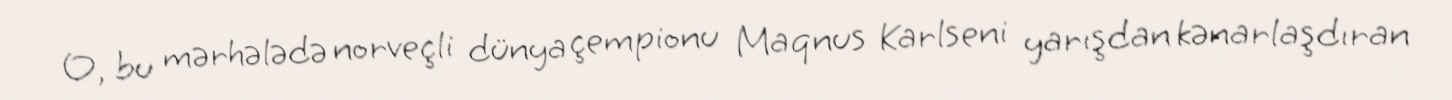
O, bu mərhələdə norveçli dünya çempionu Maqnus Karlseni yarışdan kənarlaşdıran